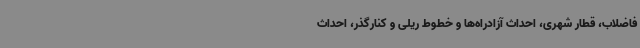
فاضلاب، قطار شهری، احداث آزادراه‌ها و خطوط ریلی و کنارگذر، احداث